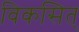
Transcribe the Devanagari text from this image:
विकसित्